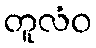
တူလံဝ